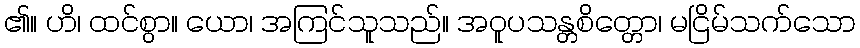
၏။ ဟိ၊ ထင်စွာ။ ယော၊ အကြင်သူသည်။ အဝူပသန္တစိတ္တော၊ မငြိမ်သက်သော